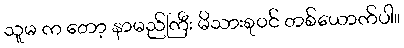
သူမ က တော့ နာမည်ကြီး မိသားစုဝင် တစ်ယောက်ပါ။